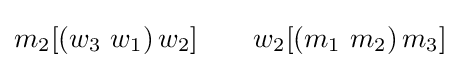
m_{2}[\left(w_{3}\ w_{1}\right)w_{2}]\ \ \ \ \ \ w_{2}[\left(m_{1}\ m_{2}\right)m_{3}]